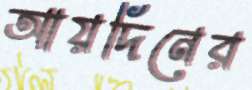
আয়দিনের